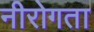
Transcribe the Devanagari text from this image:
नीरोगता